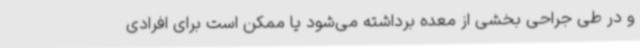
و در طی جراحی بخشی از معده برداشته می‌شود یا ممکن است برای افرادی